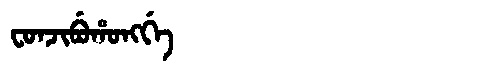
Manchu: ᠸᠣᠨᠵᡳᠪᡠᡥᠣᠩᡤᡝ
Romanization: FONJIBUHONGGE